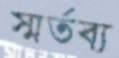
স্মর্তব্য